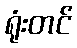
ရုံးတင်